Note on the mental hospitals in Burma - 1925-1940
Year: 1925
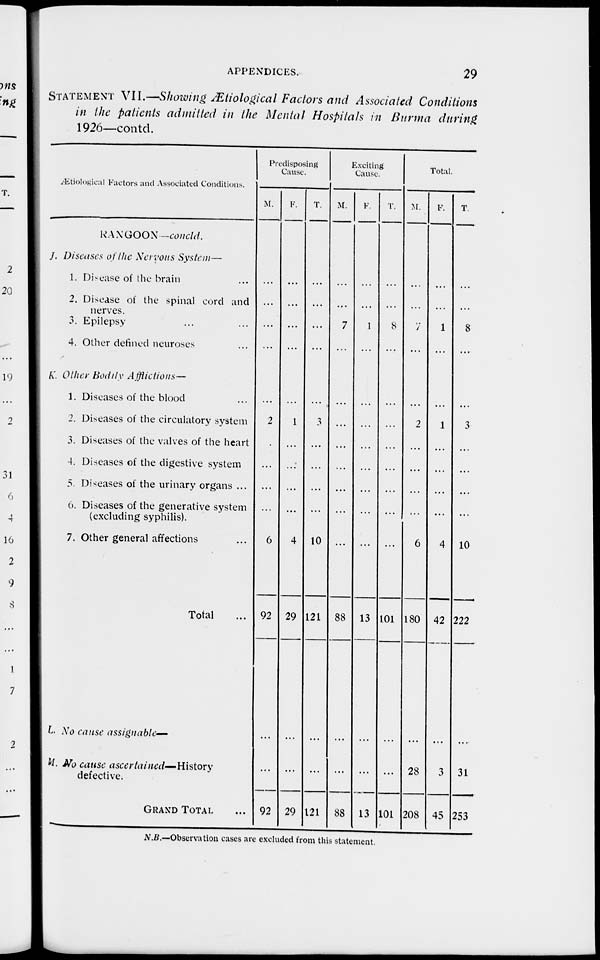
APPENDICES.
29
STATEMENT VII.—Showing Ætiological Factors and Associated Conditions
in the patients admitted in the Mental Hospitals in Burma during
1926—contd.
Ætiological Factors and Associated Conditions.
RANGOON-concld.
J. Diseases of the Nervous System—
1. Disease of the brain ...
2. Disease of the spinal cord and
nerves.
3. Epilepsy ... ...
4. Other defined neuroses ...
K. Other Bodily Afflictions—
1. Diseases of the blood ...
2. Diseases of the circulatory system
3. Diseases of the valves of the heart
4. Diseases of the digestive system
5. Diseases of the urinary organs ...
6. Diseases of the generative system
(excluding syphilis).
7. Other general affections ...
Total ...
L. No cause assignable—
M. No cause
ascertained—History
defective.
GRAND TOTAL ...
Predisposing
Cause.
M.
...
...
...
...
...
2
...
...
...
...
6
92
...
92
F.
...
...
...
...
...
1
...
...
...
...
4
29
...
29
T.
...
...
...
...
...
3
...
...
...
...
10
121
...
121
Exciting
Cause.
M.
...
...
7
...
...
...
...
...
...
...
...
88
...
88
F.
...
...
1
...
...
...
...
...
...
...
...
13
...
13
T.
...
...
8
...
...
...
...
...
...
...
...
101
...
101
Total.
M.
...
...
7
...
...
2
...
...
...
...
6
180
28
208
F.
...
...
1
...
...
1
...
...
...
...
4
42
3
45
T.
...
...
8
...
...
3
...
...
...
...
10
222
31
253
N.B.—Observation cases are excluded from this statement.